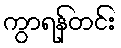
ကွာရန်တင်း